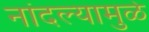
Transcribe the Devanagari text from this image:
नांदल्यामुळे